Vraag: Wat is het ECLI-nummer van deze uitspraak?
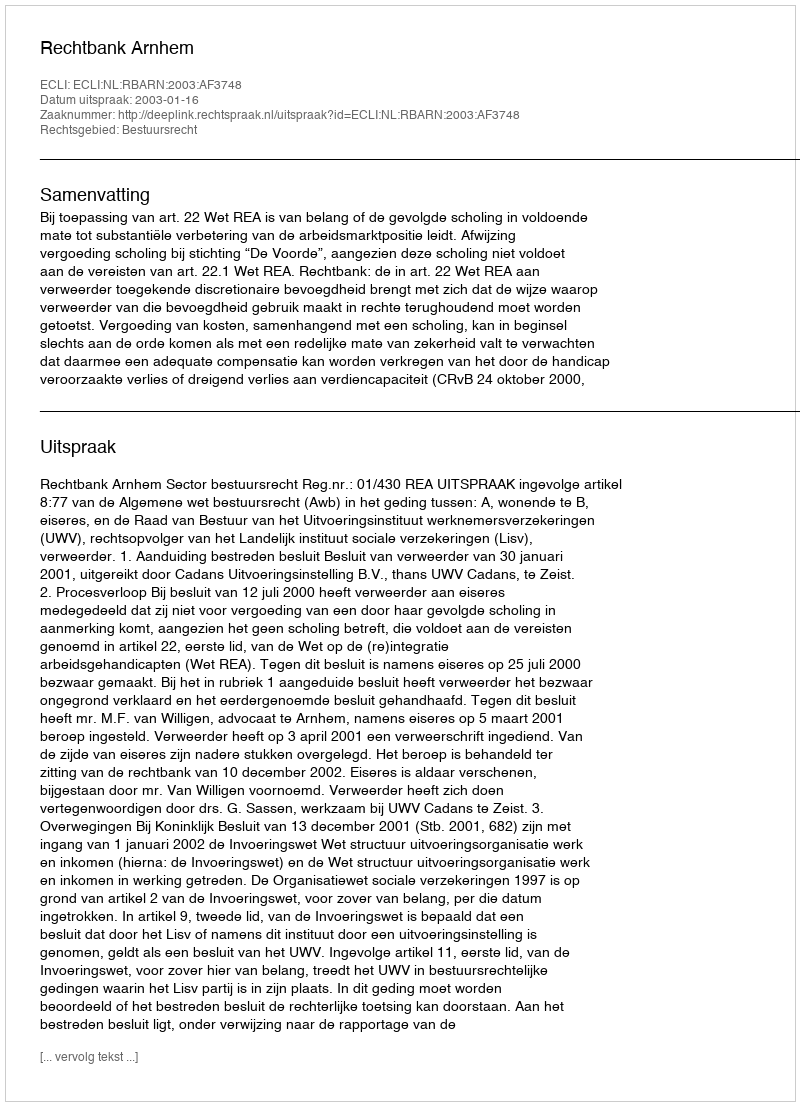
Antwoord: ECLI:NL:RBARN:2003:AF3748